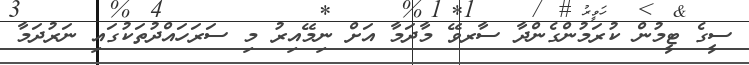
ސީގެ ޓީމުން ކުރަމުންގެންދާ ސާރވޭ މާދަމާ އަށް ނިމޭއިރު މި ސަރަހައްދުތަކުގައި ނަރުދަމާ